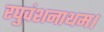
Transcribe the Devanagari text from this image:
रघुवंशनाथम।